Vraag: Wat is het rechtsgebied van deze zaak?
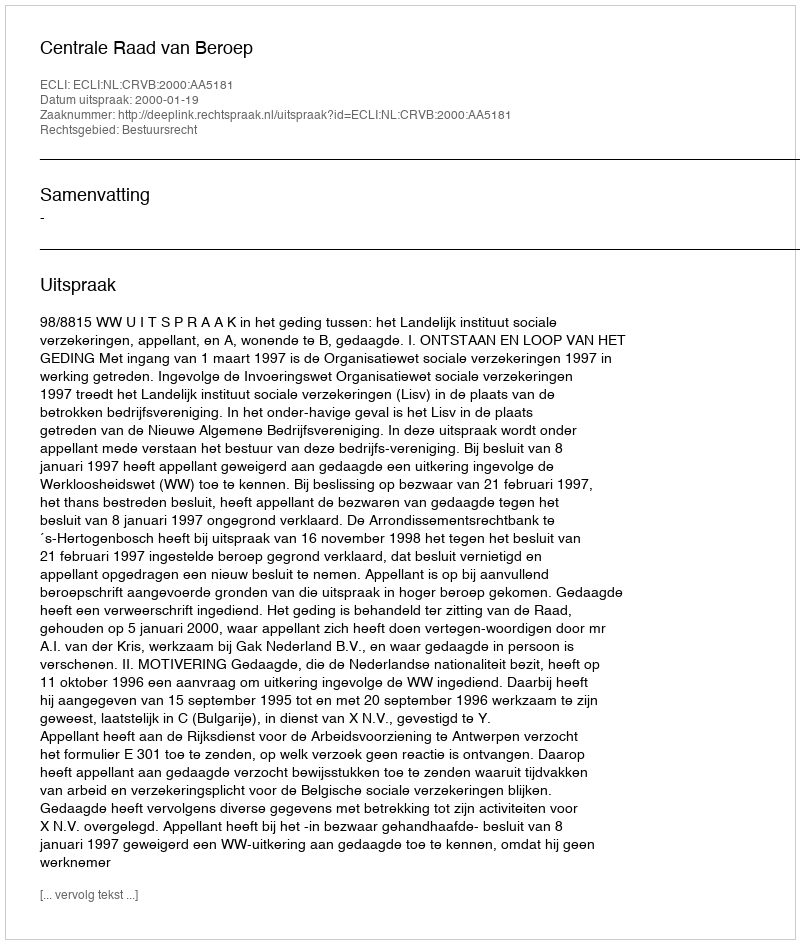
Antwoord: Bestuursrecht